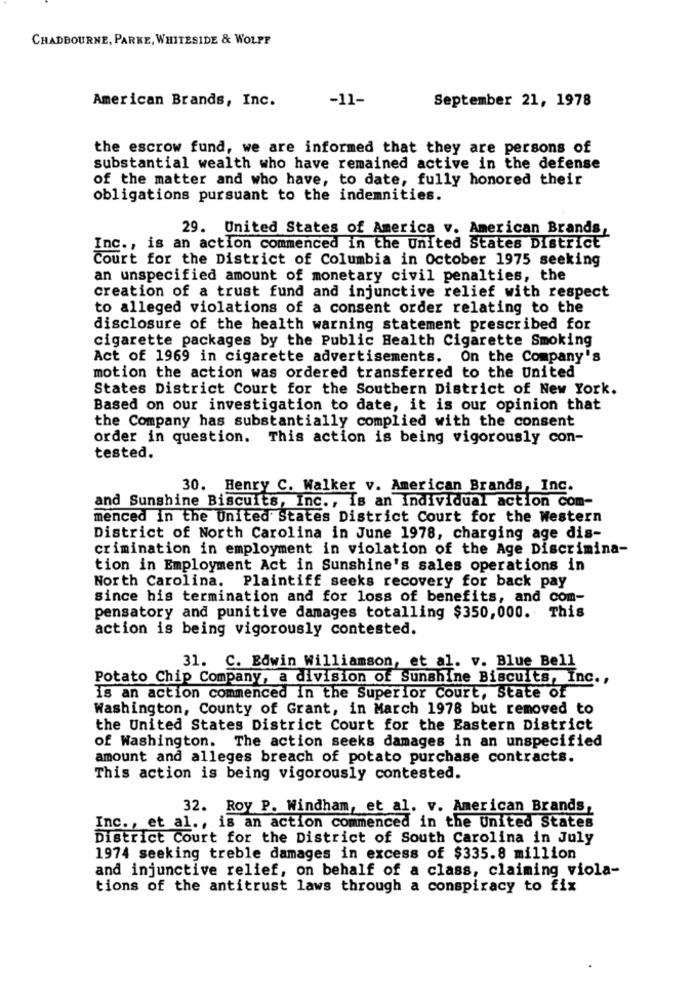
CHADBOURNE, PARKE, WHITESIDE & WOLFF
American Brands, Inc.
-11-
September 21, 1978
the escrow fund, we are informed that they are persons of
substantial wealth who have remained active in the defense
of the matter and who have, to date, fully honored their
obligations pursuant to the indemnities.
29. United States of America v. American Brands,
Inc ., is an action commenced in the United States District
Court for the District of Columbia in October 1975 seeking
an unspecified amount of monetary civil penalties, the
creation of a trust fund and injunctive relief with respect
to alleged violations of a consent order relating to the
disclosure of the health warning statement prescribed for
cigarette packages by the Public Health Cigarette Smoking
Act of 1969 in cigarette advertisements. On the Company's
motion the action was ordered transferred to the United
States District Court for the Southern District of New York.
Based on our investigation to date, it is our opinion that
the Company has substantially complied with the consent
order in question. This action is being vigorously con-
tested.
30. Henry C. Walker v. American Brands, Inc.
and Sunshine Biscuits, Inc ., is an Individual action com-
menced in the United States District Court for the Western
District of North Carolina in June 1978, charging age dis-
crimination in employment in violation of the Age Discrimina-
tion in Employment Act in Sunshine's sales operations in
North Carolina. Plaintiff seeks recovery for back pay
since his termination and for loss of benefits, and com-
pensatory and punitive damages totalling $350,000. This
action is being vigorously contested.
31. C. Edwin Williamson, et al. v. Blue Bell
Potato Chip Company, a division of Sunshine Biscuits, Inc .,
Is an action commenced in the Superior Court, State of
Washington, County of Grant, in March 1978 but removed to
the United States District Court for the Eastern District
of Washington. The action seeks damages in an unspecified
amount and alleges breach of potato purchase contracts.
This action is being vigorously contested.
32. Roy P. Windham, et al. v. American Brands,
Inc ., et al ., is an action commenced in the United States
District Court for the District of South Carolina in July
1974 seeking treble damages in excess of $335.8 million
and injunctive relief, on behalf of a class, claiming viola-
tions of the antitrust laws through a conspiracy to fix